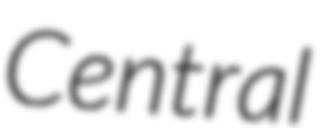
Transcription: Central